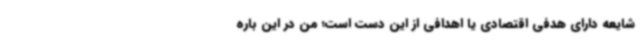
شایعه دارای هدفی اقتصادی یا اهدافی از این دست است؛ من در این باره